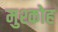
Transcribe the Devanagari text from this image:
मुश्कोह